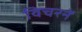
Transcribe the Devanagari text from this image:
विचरनें